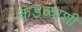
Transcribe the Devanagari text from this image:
कडव्याशी